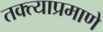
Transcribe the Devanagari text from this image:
तक्त्याप्रमाणे